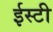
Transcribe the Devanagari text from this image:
ईस्टी